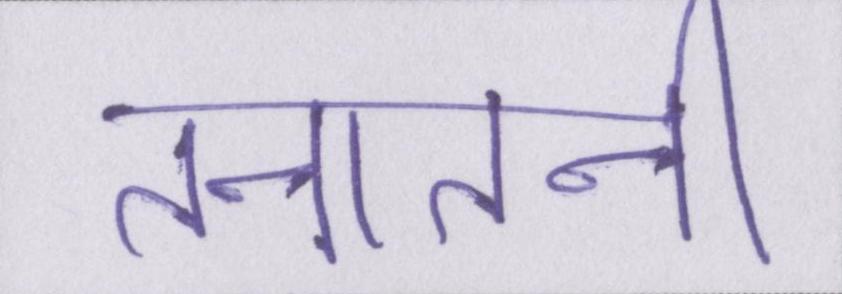
तनातनी